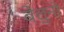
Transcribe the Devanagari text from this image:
बेलुनो